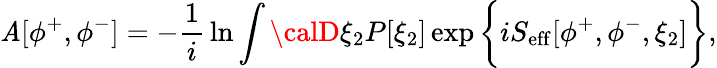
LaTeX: \mathit{A}[\phi^{+},\phi^{-}]=-{\frac{{1}}{{i}}}\ln\int{\calD}\xi_{2}P[\xi_{2}]\exp\bigg\{ iS_{\mathrm{{eff}}}[\phi^{+},\phi^{-},\xi_{2}]\bigg\} ,